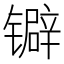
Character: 𬭽